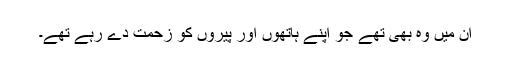
ان میں وہ بھی تھے جو اپنے ہاتھوں اور پیروں کو زحمت دے رہے تھے۔